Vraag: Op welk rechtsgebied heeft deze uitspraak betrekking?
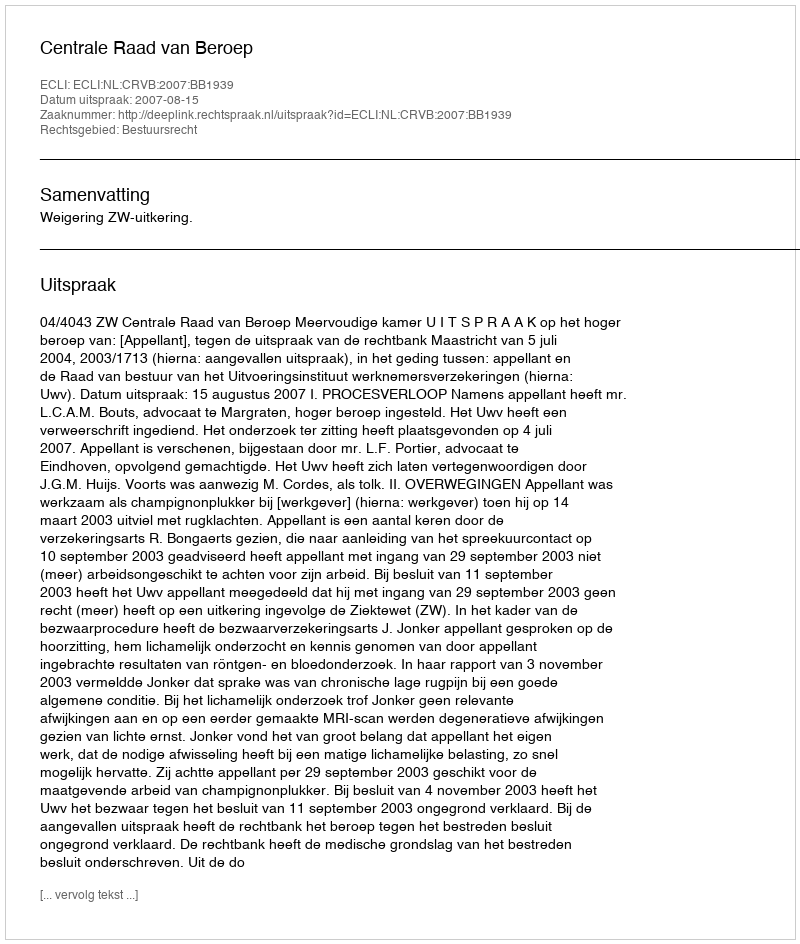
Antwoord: Bestuursrecht